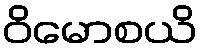
ဝိမောစယိ